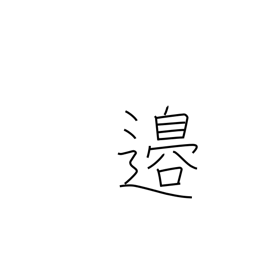
Meaning: border